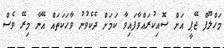
މަހްލޫފް ޖޭޕީ އަށް ސޮއިކުރައްވާފައިވާ ކަމަށް ދެކެވުނު ވާހަކަތައް އޭނާ މިރޭ ވެސް